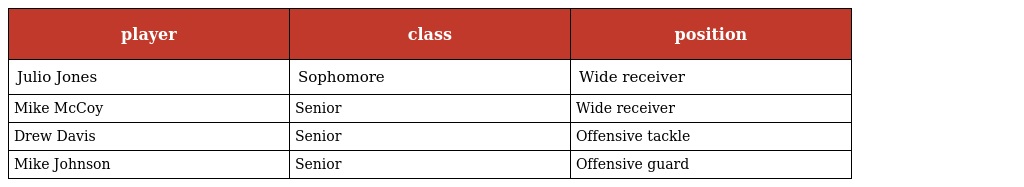
| player | class | position |
 | --- | --- | --- |
 | Julio Jones | Sophomore | Wide receiver |
 | Mike McCoy | Senior | Wide receiver |
 | Drew Davis | Senior | Offensive tackle |
 | Mike Johnson | Senior | Offensive guard |